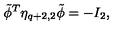
{ \tilde { \phi } } ^ { T } { \eta } _ { q + 2 , 2 } { \tilde { \phi } } = - I _ { 2 } ,